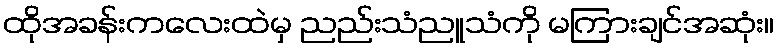
ထိုအခန်းကလေးထဲမှ ညည်းသံညူသံကို မကြားချင်အဆုံး။